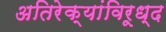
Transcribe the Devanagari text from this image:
अतिरेक्यांविरूध्द